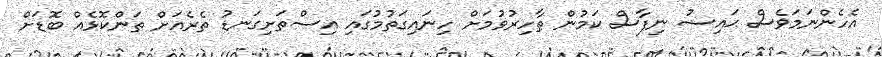
އެހެންނަމަވެސް ޙައިޟު ނިފާސް ކަމުން ޠާހިރުވުމަށް ހިނައިގަތުމުގައި އިސްތަށިގަނޑު ތެރެއަށް ތަންކޮޅެއް ބޮޑަށް